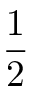
\frac { 1 } { 2 }